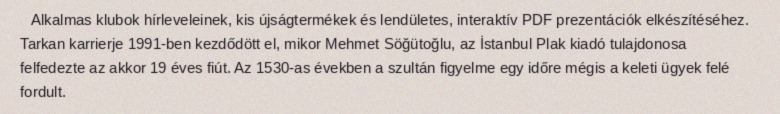
Alkalmas klubok hírleveleinek, kis újságtermékek és lendületes, interaktív PDF prezentációk elkészítéséhez. Tarkan karrierje 1991-ben kezdődött el, mikor Mehmet Söğütoğlu, az İstanbul Plak kiadó tulajdonosa felfedezte az akkor 19 éves fiút. Az 1530-as években a szultán figyelme egy időre mégis a keleti ügyek felé fordult.